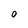
Character: 0